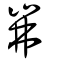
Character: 岪